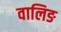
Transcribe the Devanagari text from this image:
वालिङ